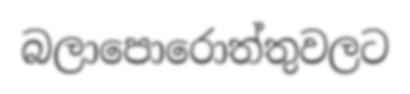
බලාපොරොත්තුවලට